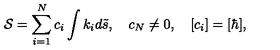
{ \cal S } = \sum _ { i = 1 } ^ { N } c _ { i } \int { k } _ { i } d { \tilde { s } } , \quad c _ { N } \neq 0 , \quad [ c _ { i } ] = [ \hbar ] ,